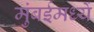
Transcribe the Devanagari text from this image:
मुंबईमध्यें